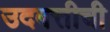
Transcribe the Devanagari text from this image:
उदबत्तीची